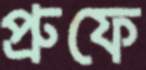
প্রুফে